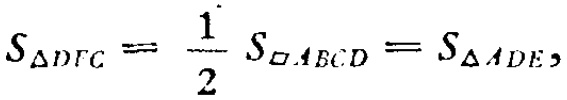
$S_{\triangle DFC}=\frac{1}{2}S_{\square ABCD}=S_{\triangle ADE},$